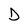
Character: D